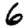
Digit: 6